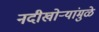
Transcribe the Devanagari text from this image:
नदीखोर्‍यांमुळे